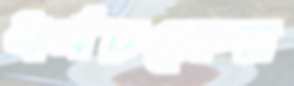
ধর্মচক্রের